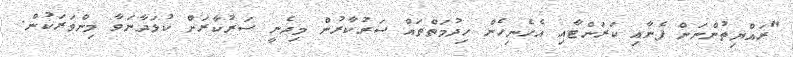
"ރައްޔިތުންނަށް ފެނާއި ކަރަންޓާއި އެހެނިހެން ހިދުމަތްތައް ސަރުކާރުން މިދެނީ ސަރުކާރަށް ކުޅަދާނަވާ މިންވަރަކުން.